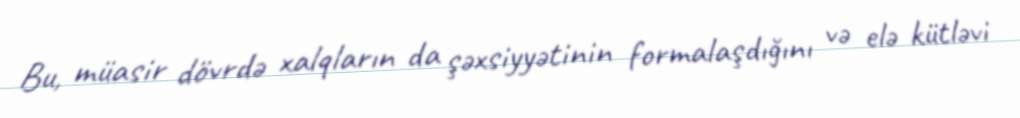
Bu, müasir dövrdə xalqların da şəxsiyyətinin formalaşdığını və elə kütləvi